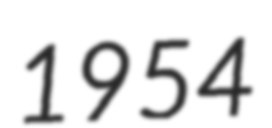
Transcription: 1954